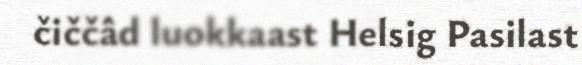
čiččâd luokkaast Helsig Pasilast